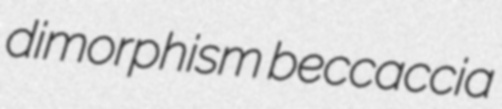
dimorphism beccaccia